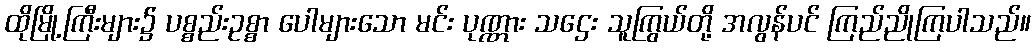
ထိုမြို့ကြီးများ၌ ပစ္စည်းဥစ္စာ ပေါများသော မင်း ပုဏ္ဏား သဌေး သူကြွယ်တို့ အလွန်ပင် ကြည်ညိုကြပါသည်။